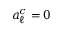
a _ { \ell } ^ { c } = 0